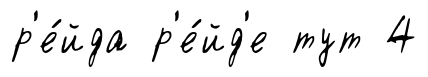
р'е́йда р'е́йд'е тут 4